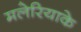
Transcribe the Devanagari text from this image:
मलेरियाके